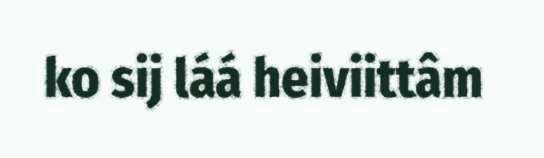
ko sij láá heiviittâm